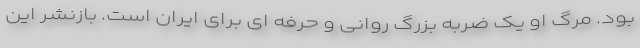
بود. مرگ او یک ضربه بزرگ روانی و حرفه ای برای ایران است. بازنشر این